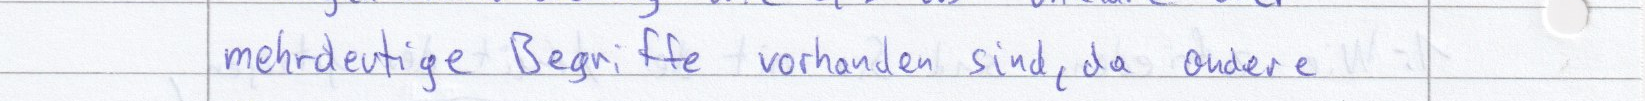
mehrdeutige Begriffe vorhanden sind, da andere